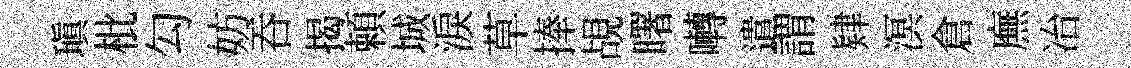
瑱枇勾妨吞揭頼城淚草捧覘曙囀遣謂肄溟倉廡冶